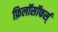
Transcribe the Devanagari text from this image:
फ़िलॉसॉफर्स्